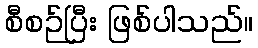
စီစဉ်ပြီး ဖြစ်ပါသည်။